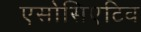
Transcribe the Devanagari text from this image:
एसोसिएटिव